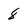
Character: 8